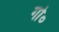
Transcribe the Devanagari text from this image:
गो०